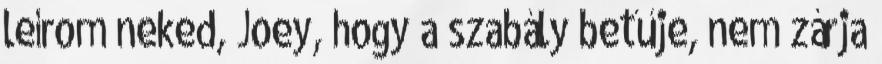
leírom neked, Joey, hogy a szabály betűje, nem zárja